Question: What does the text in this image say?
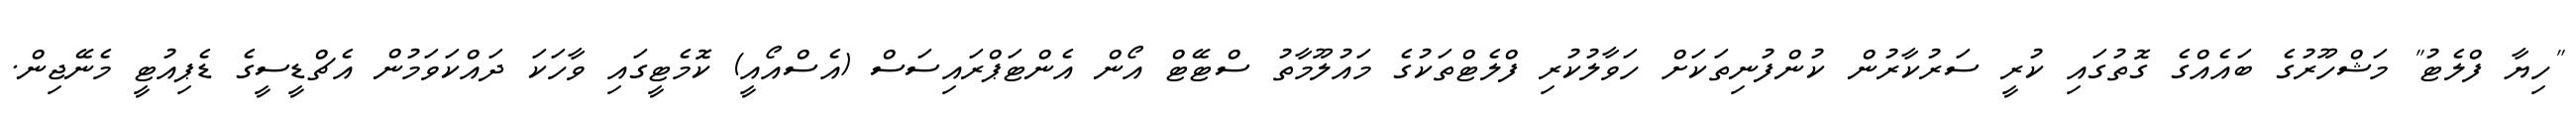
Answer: "ހިޔާ ފްލެޓު" މަޝްހޫރުގެ ބައެއްގެ ގޮތުގައި ކުރީ ސަރުކާރުން ކުންފުނިތަކަށް ހަވާލުކުރި ފްލެޓްތަކުގެ މައުލޫމާތު ސްޓޭޓް އޯން އެންޓަޕްރައިސަސް (އެސްއޯއީ) ކޮމެޓީގައި ވާހަކަ ދައްކަވަމުން އެޗްޑީސީގެ ޑެޕިއުޓީ މެނޭޖިން.